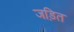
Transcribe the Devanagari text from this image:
जड़ित